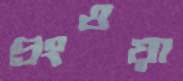
প্রংওয়া